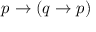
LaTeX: p \to ( q \to p )